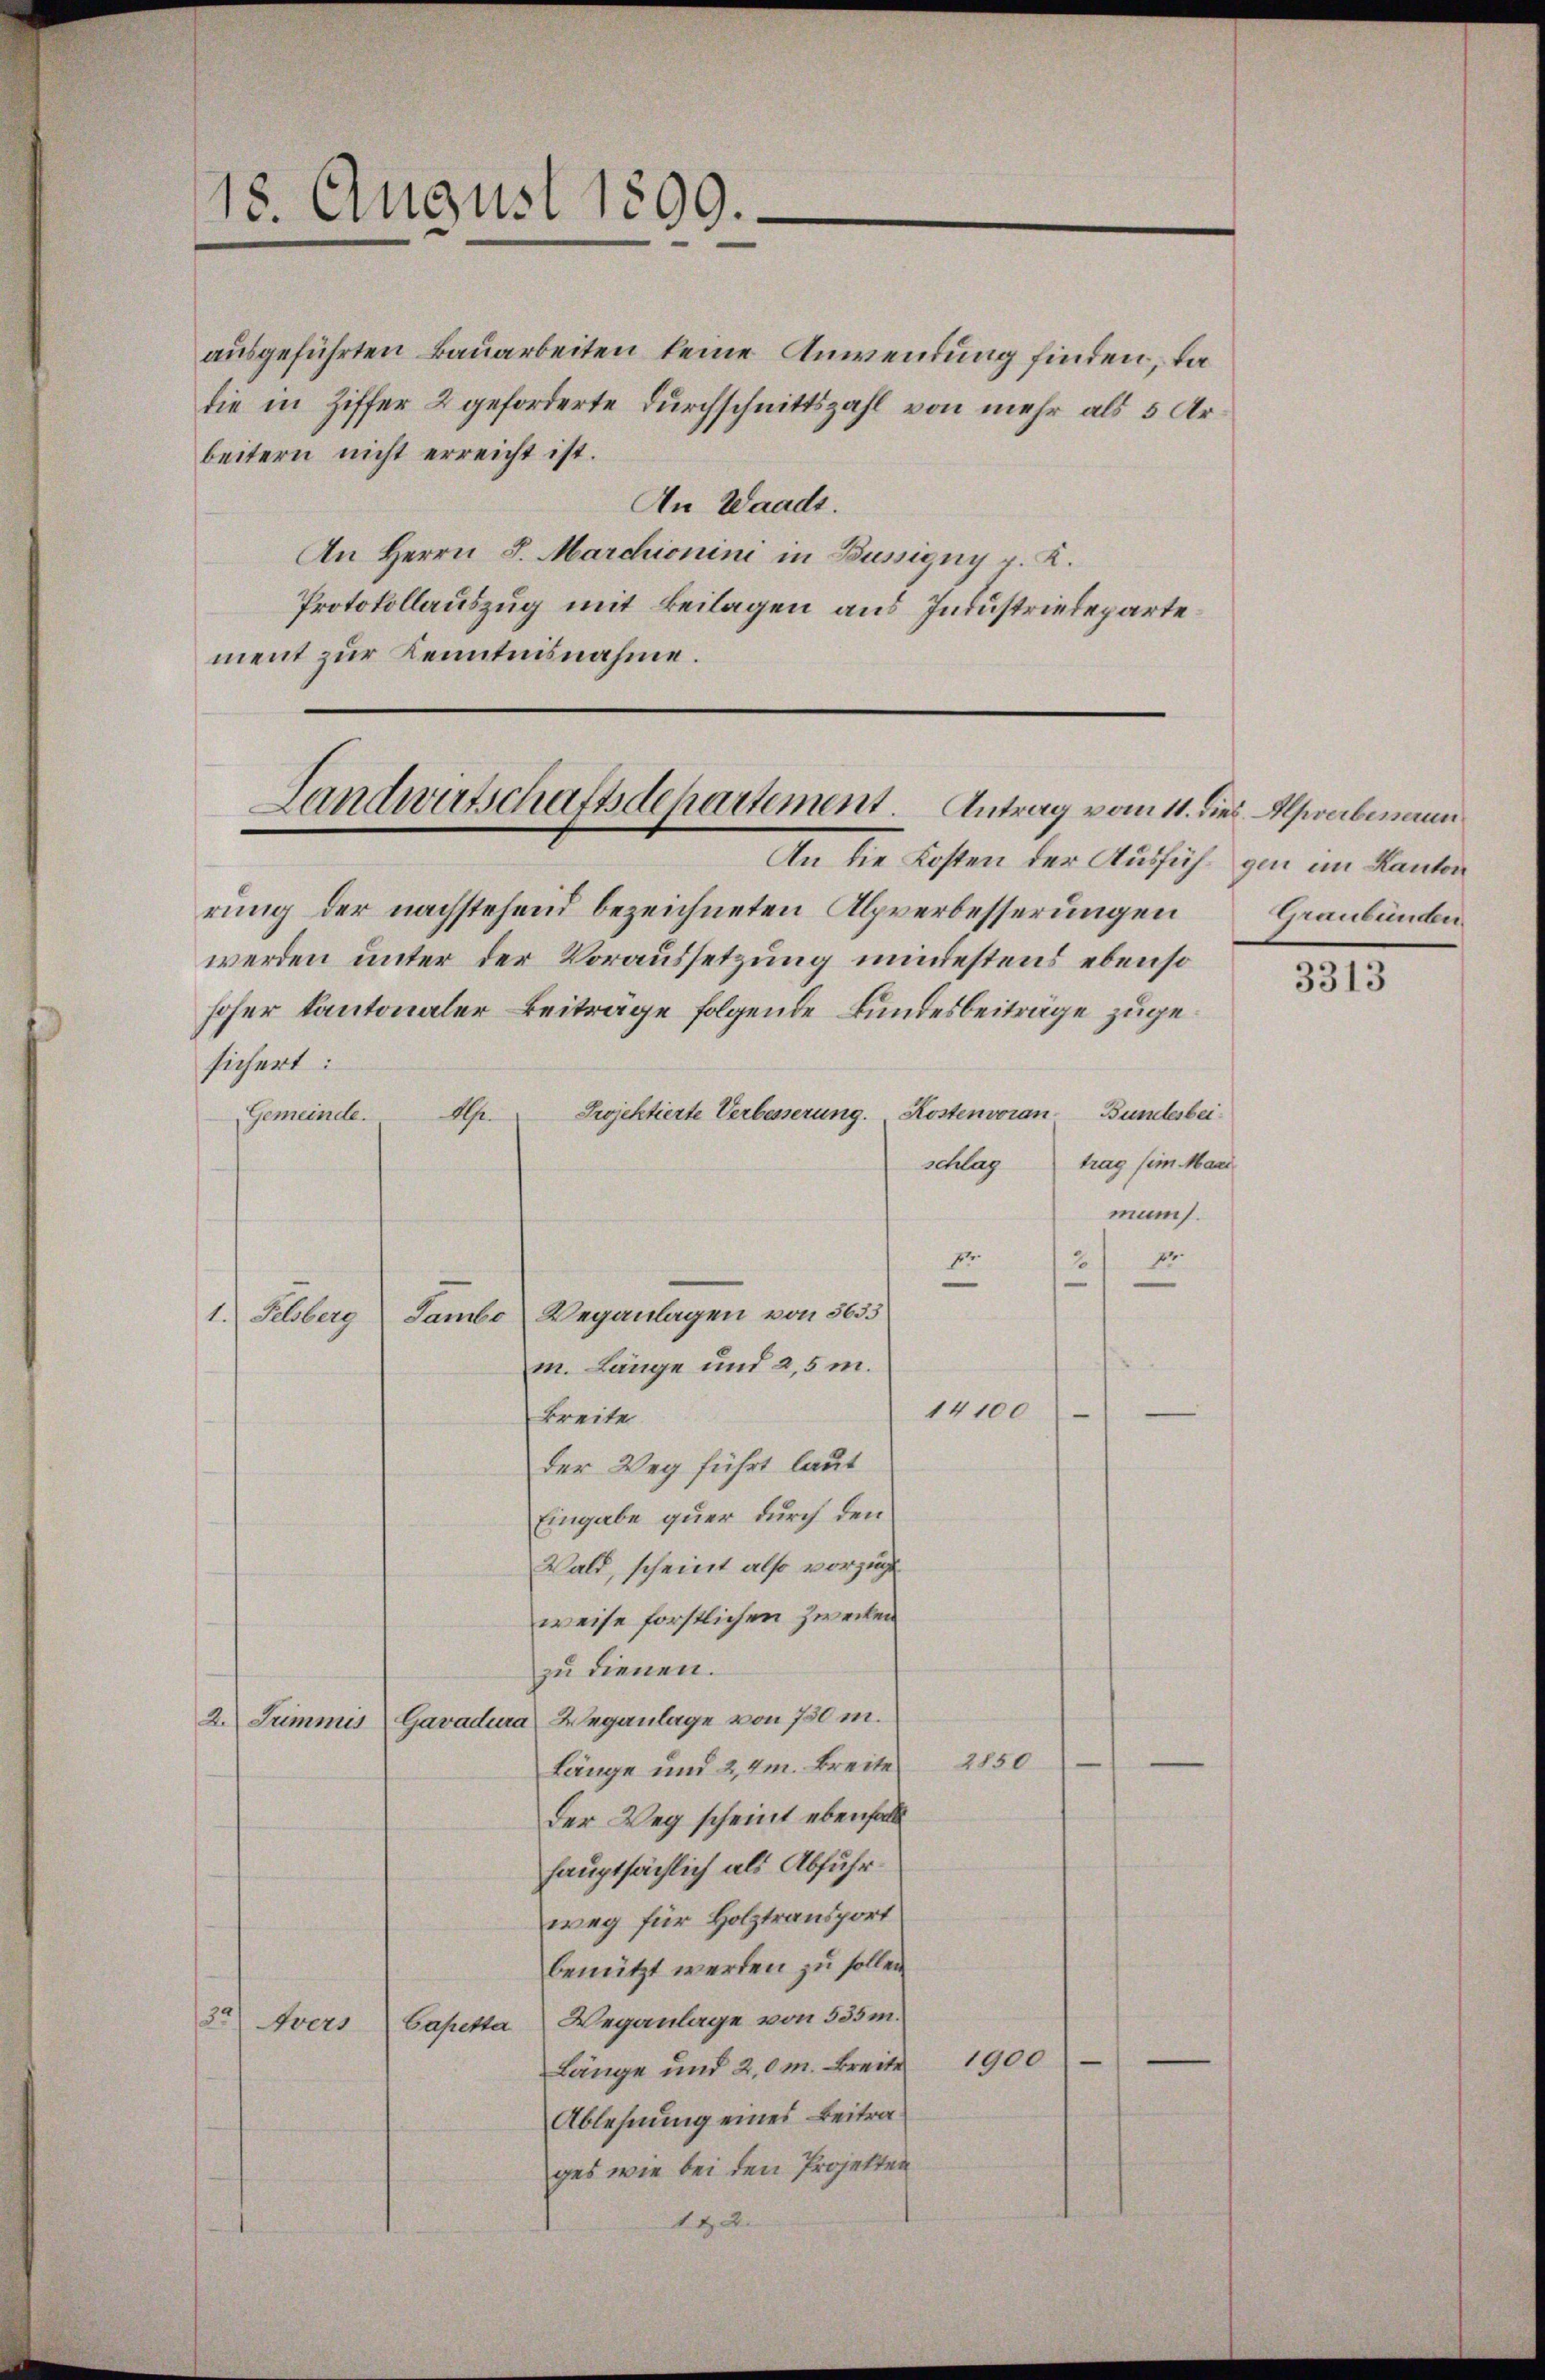
18. August 1890.

ausgeführten Bauarbeiten keine Anwendung finden, da
die in Ziffer 2 geforderte Durchschnittszahl von mehr als 5 Arbeitern nicht erreicht ist.
An Waadt.
An Herrn J. Marchionini in Büssigny v. K.
Protokollauszug mit Beilagen aus Industriedepartement zur Kenntnisnahme.

Landwirtschaftsdepartement. Antrag vom 11. dies Alpverbenen

An die Kosten der Aussich gen im Kanton
rung der nachstehend bezeichneten Alpverbesserungen
werden unter der Voraussetzung mindestens ebenso
hoher kantonaler Beiträge folgende Bundesbeiträge zugesichert:
Projektierte Verbesserung. Kostenvoran Bundesbei¬
Gemeinde. Alp
trag (im Maas
schlag
muns.
2) E
pr
1.) Selberg
Sambo Weganlagen von 5635
m. Länge und 2,5 m.

14100
Breite
der Weg führt laut
Eingabe quer durch den
Wald, scheint also vorzugt
weise forstlichen Zwecken
zu dienen.
2. Trimmis Gavadura Weganlage von 750 m.
Länge und 2,4m Breite 2850
der Weg scheint ebenfalls
hauptsächlich als Abfuhr.
weg für Holztransport
benützt werden zu sollen.
122) Avers
Gapetta Weganlage von 535 m.
Länge und 2,0m Breite 1900
Ablehnung eines Beitrages wie bei den Projekten
144.

Graubünden

3313